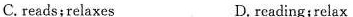
C. reads;relaxes D. rcading;relax